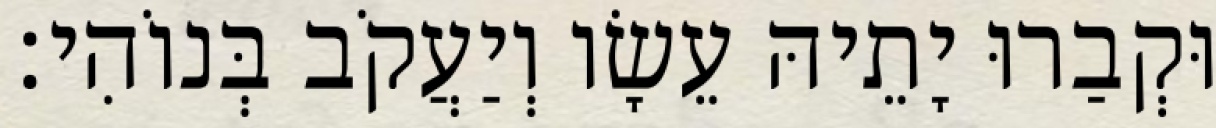
וּקְבַרוּ יָתֵיהּ עֵשָׂו וְיַעֲקֹב בְּנוֹהִי׃